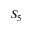
S _ { 5 }